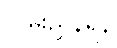
လမ်းညွှန်ရန်